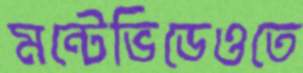
মন্টেভিডেওতে